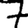
Digit: 7